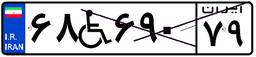
۶۸W۶۹۰۷۹